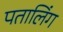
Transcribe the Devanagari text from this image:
पतालिंग